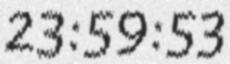
23:59:53